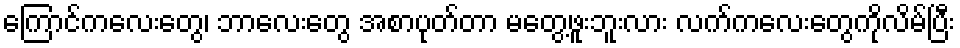
ကြောင်ကလေးတွေ၊ ဘာလေးတွေ အစာပုတ်တာ မတွေ့ဖူးဘူးလား လက်ကလေးတွေကိုလိမ်ပြီး